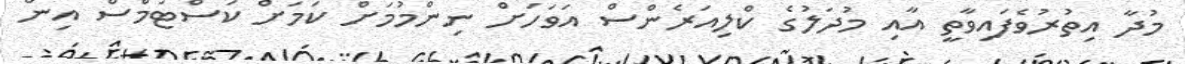
މުދާ އިތުރުވެފައިވާތީ އާއި މުދަލުގެ ކްލިއަރެންސް އަވަހަށް ނިންމުމަށް ކަމަށް ކަސްޓަމްސް އިން